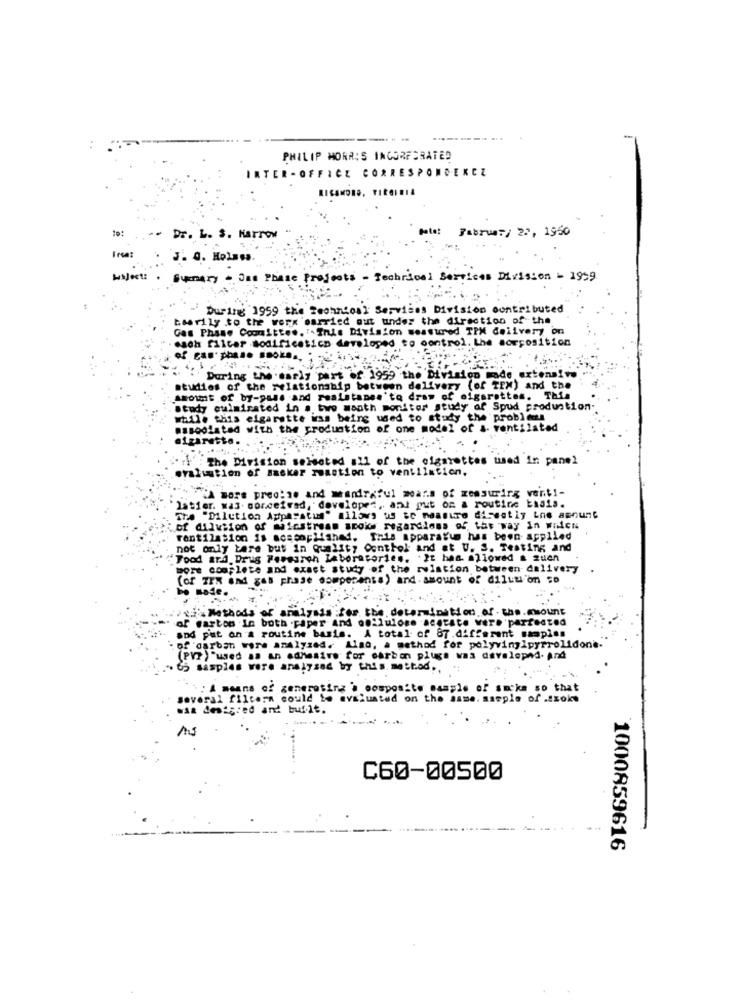
--
-
PHILIP MORRIS INCORPORATED
ER- OFFICE CORRESPONDENCE
Jatet
February 22, 1950
Dr. L. S. Karrow
Frsaz
J. 0. Holmes.
Mijest: . Summary . Jas Phase Projects - Technical Services Division - 1959
During 1959 the Technical Services Division contributed
boorily to the worx carried out under the direction of the
Gas Phase Coomitte .. . Inis Division measured TPM delivery on
- mach filter modificatico developed to control. Lhe forposition
During the sarily part of 1959 the Division made extensive
studies of the relationship between delivery (of TEX) and the
ANOTE of by-pues and rasistanes'to draw of cigarettes. This
study culminated in a. bwo maath monitor study of Spud production.
while this cigarette was being used to study the problems
masodiated with the production of one model of &- ventilated
aizareste.
The Division selected #11 of the cigarettes used in panel
evaluation of Basker reaction to ventilation.
"A bors prec: 10 and weandraful moar.s of measuring vent !-
latier. was. soncetrad, dovelopes, and put on a routine basis.
Tra "Dilution Apparatus" allows us se measure direstiy ins amount
of dilution of mainstream acoke regardless of the way in wien
rantilation is acasoplished. This apparatus has been applied
not only tare but in Quality Control and at U. S. Teating and
Food and Drug Fevearch Laboratories. It has allowed a zuen
more complete and exact study of the relation between delivery
(of IER and gas phase sompesants) and. amount of dilution so
athods of analysis :for the. determination of . the.mount
of carton in both .paper And oeilulone acetate were partested
and put on a routine basis. A total of 87.different saspies
"of "darbah were analyzed. Also, a method for polyvinylpyrrolidone.
(PV ) "used as An adhesive for carbon plugs was developed- And
" sasples were analysed by this. mettod ., ";
: A means of generating a composite sample of smoke so that
several filtern could be evaluated on the same. sample of .szoks
wsa desig:ed and buf.it.
C60-00500
1000859616